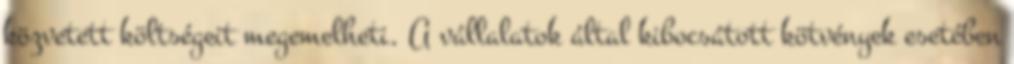
közvetett költségeit megemelheti. A vállalatok által kibocsátott kötvények esetében